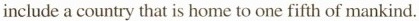
includea country that is home to one fifth of mankind.